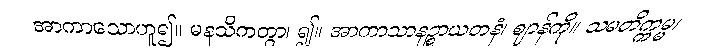
အာကာသောဟူ၍။ မနသိကတွာ၊ ၍။ အာကာသာနဉ္စာယတနံ၊ ဈာန်ကို။ သမတိက္ကမ္မ၊